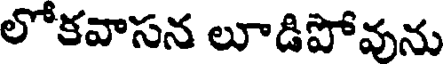
లోకవాసన లూడిపోవును